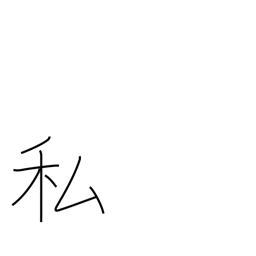
Meaning: me